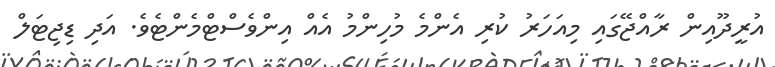
އުރީދޫއިން ރާއްޖޭގައި މިއަހަރު ކުރި އެންމެ މުހިންމު އެއް އިންވެސްޓްމެންޓެވެ. އަދި ޑިޖިޓަލް